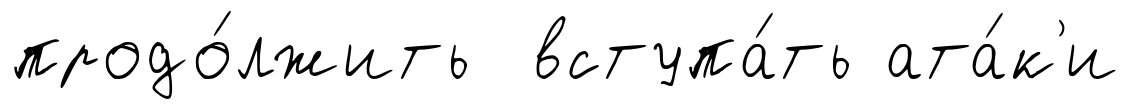
продо́лжить вступа́ть ата́к'и